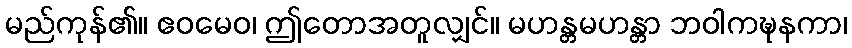
မည်ကုန်၏။ ဧဝမေဝ၊ ဤတောအတူလျှင်။ မဟန္တမဟန္တာ ဘဝါကဍ္ဎနကာ၊